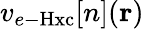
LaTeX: v_{e-\mathrm{Hxc}}[n](\mathbf{r})